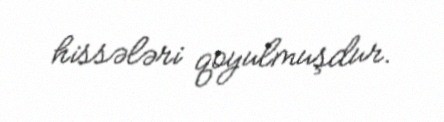
hissələri qoyulmuşdur.